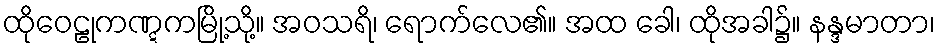
ထိုဝေဠုကဏ္ဋကမြို့သို့။ အဝသရိ၊ ရောက်လေ၏။ အထ ခေါ၊ ထိုအခါ၌။ နန္ဒမာတာ၊